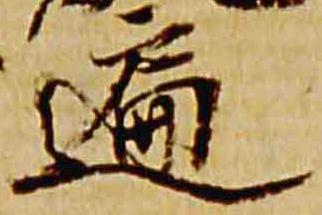
遍